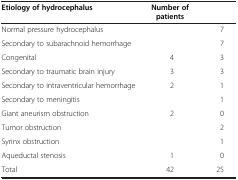
<table><thead><tr><td><b>Etiology of hydrocephalus</b></td><td><b>Number of patients</b></td><td>[EMPTY_CELL]</td></tr></thead><tbody><tr><td>Normal pressure hydrocephalus</td><td>[EMPTY_CELL]</td><td>7</td></tr><tr><td>Secondary to subarachnoid hemorrhage</td><td>[EMPTY_CELL]</td><td>7</td></tr><tr><td>Congenital</td><td>4</td><td>3</td></tr><tr><td>Secondary to traumatic brain injury</td><td>3</td><td>3</td></tr><tr><td>Secondary to intraventricular hemorrhage</td><td>2</td><td>1</td></tr><tr><td>Secondary to meningitis</td><td>[EMPTY_CELL]</td><td>1</td></tr><tr><td>Giant aneurism obstruction</td><td>2</td><td>0</td></tr><tr><td>Tumor obstruction</td><td>[EMPTY_CELL]</td><td>2</td></tr><tr><td>Syrinx obstruction</td><td>[EMPTY_CELL]</td><td>1</td></tr><tr><td>Aqueductal stenosis</td><td>1</td><td>0</td></tr><tr><td>Total</td><td>42</td><td>25</td></tr></tbody></table>